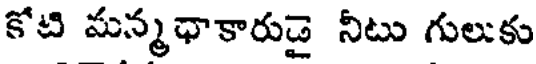
కోటి మన్మధాకారుడై నీటు గులుకు